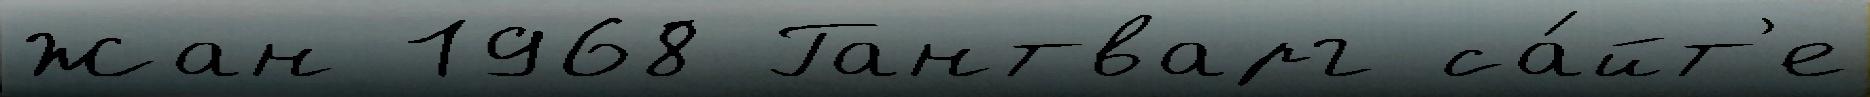
Жан 1968 Гантварг са́йт'е